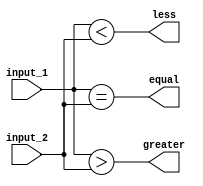
module comparator(
    input [15:0] input_1,
    input [15:0] input_2,
    output equal,
    output greater,
    output less
);

assign equal = (input_1 == input_2);
assign greater = (input_1 > input_2);
assign less = (input_1 < input_2);

endmodule